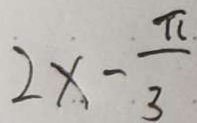
1 2 x - \frac { \pi } { 3 }